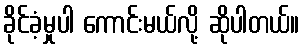
ခိုင်ခံ့မှုပါ ကောင်းမယ်လို့ ဆိုပါတယ်။